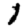
Digit: 1